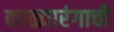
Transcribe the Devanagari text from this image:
काळ्यारंगाची